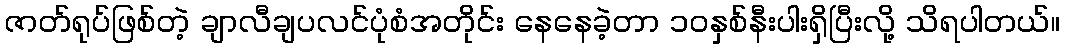
ဇာတ်ရုပ်ဖြစ်တဲ့ ချာလီချပလင်ပုံစံအတိုင်း နေနေခဲ့တာ ၁၀နှစ်နီးပါးရှိပြီးလို့ သိရပါတယ်။